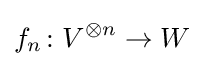
f_{n}\colon V^{\otimes n}\to W